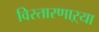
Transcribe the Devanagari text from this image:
विस्तारणाऱ्या